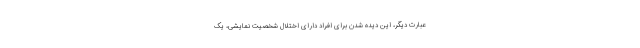
عبارت دیگر، این دیده شدن برای افراد دارای اختلال شخصیت نمایشی، یک